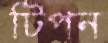
টিপন